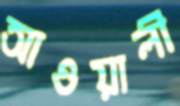
আওয়ালী